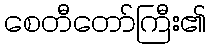
စေတီတော်ကြီး၏